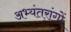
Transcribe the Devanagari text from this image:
अभ्यंतरांगों